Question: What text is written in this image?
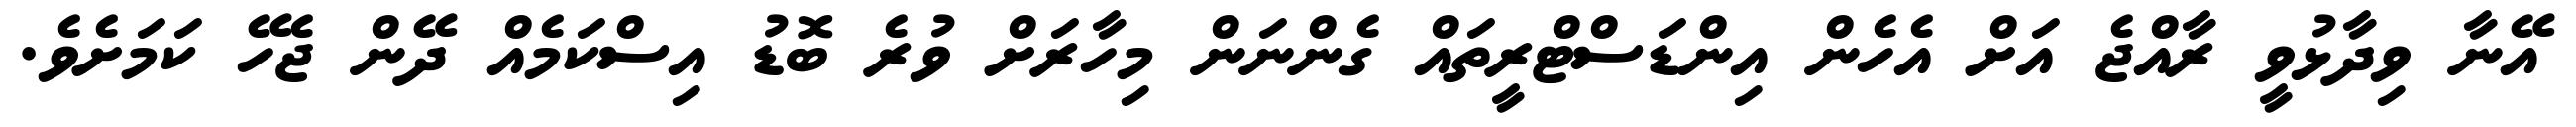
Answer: އޭނާ ވިދާޅުވީ ރާއްޖެ އަށް އެހެން އިންޑަސްޓްރީތައް ގެންނަން މިހާރަށް ވުރެ ބޮޑު އިސްކަމެއް ދޭން ޖެހޭ ކަމަށެވެ.